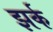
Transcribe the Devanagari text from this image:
झर्क